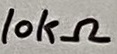
Text: 10kΩ